Leprosy in India: report of the Leprosy Commission in India, 1890-91
Year: 1890
Disease focus: Leprosy
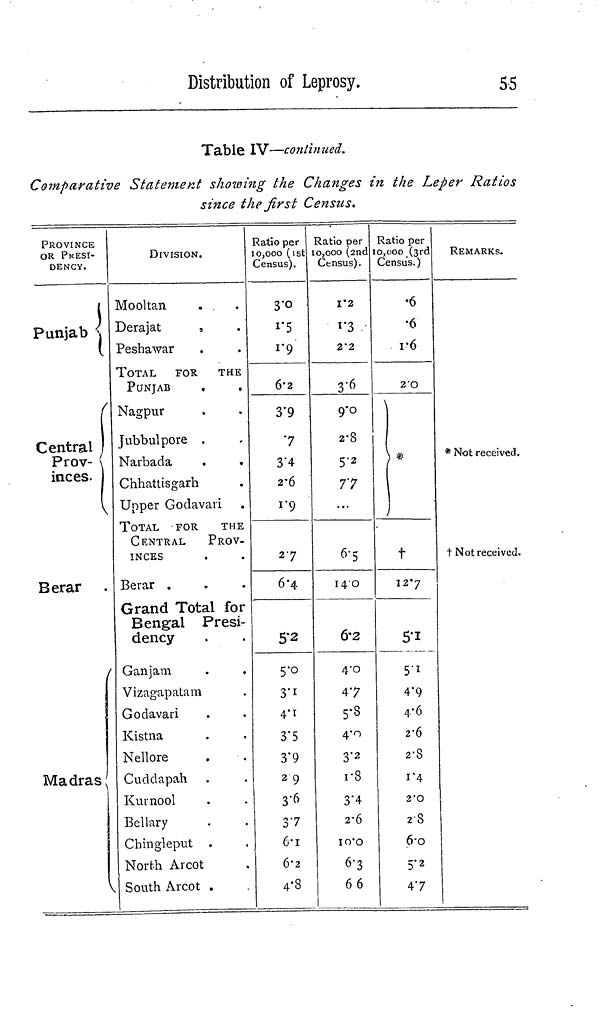
Distribution of Leprosy.
5.5
Table IV—continued.
Comparative Statement showing the Changes in the Leper Ratios
since the first Census.
PROVINCE
OR PRESI-
DENCY.
Punjab
Central
Prov-
inces.
Berar
Madras
DIVISION.
Mooltan.
Derajat
Peshawar
TOTAL
FOR THE
PUNJAB
Nagpur
Jubbulpore
Narbada
Chhattisgarh
Upper Godavari
TOTAL FOR THE
CENTRAL
PROV-
INCES
Berar
Grand Total for
Bengal Presi-
dency
Ganjam
Vizagapatam
Godavari
Kistna
Nellore
Cuddapah
Kurnool
Bellary
Chingleptit
North Arcot
South Arcot
Ratio per
10,000 (1st
Census).
3.0
1.9
6.2
3.9
.7
3.4
2.6
1.9
27
6.4
5.2
5.0
3.1
4.1
3.5
3.9
2 9
3.6
37
6.1
6.2
4.8
Ratio per
10,000 (2nd
Census).
1.2
1.3
2.2
3.6
9-0
2.8
77
...
6.5
14.0
6.2
4.0
47
5.8
4.0
3.2
r8
3.4
2.6
10.0
6.3
6 6
Ratio per
0,000 (3rd
Census.)
•6
•6
r6
2.0
*
†
12.7
5.1
5.1
4.9
4.6
2.6
2.8
1.4
2.0
2.8
6.0
5.2
47
REMARKS.
* Not received.
† Not received.